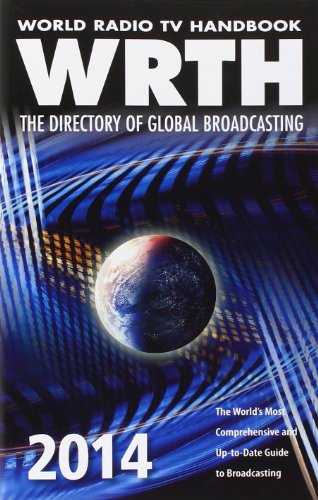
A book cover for World Radio TV Handbook 2014: The Directory of Global Broadcasting; Humor & Entertainment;